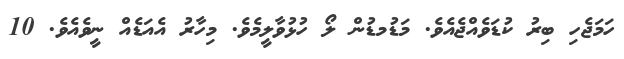
ހަމަޖެހި ބިރު ކުޑަވެއްޖެއެވެ. މަޑުމޑުން ލޯ ހުޅުވާލީމެވެ. މިހާރު އެއަޑެއް ނީވެއެވެ. 10